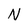
Character: N